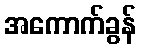
အကောက်ခွန်